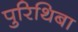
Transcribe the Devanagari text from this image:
पुरिथिबा